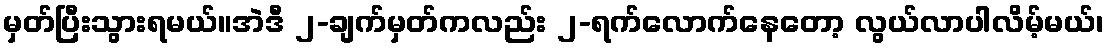
မှတ်ပြီးသွားရမယ်။အဲဒီ ၂-ချက်မှတ်ကလည်း ၂-ရက်လောက်နေတော့ လွယ်လာပါလိမ့်မယ်၊